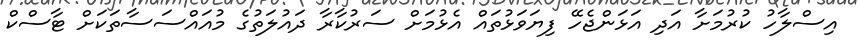
އިސްލާހު ކުރުމަށާ އަދި އަޅަންޖެހޭ ފިޔަވަޅުތައް އެޅުމަށް ސަރުކާރާ ދައުލަތުގެ މުއައްސަސާތަކަށް ޓާސްކް